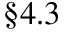
\S 4 . 3